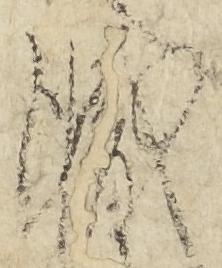
職